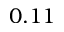
0 . 1 1